Reports on military cantonments and civil stations in the Presidency of Bombay inspected by the Sanitary Commissioner in the years 1875 and 1876
Year: 1875
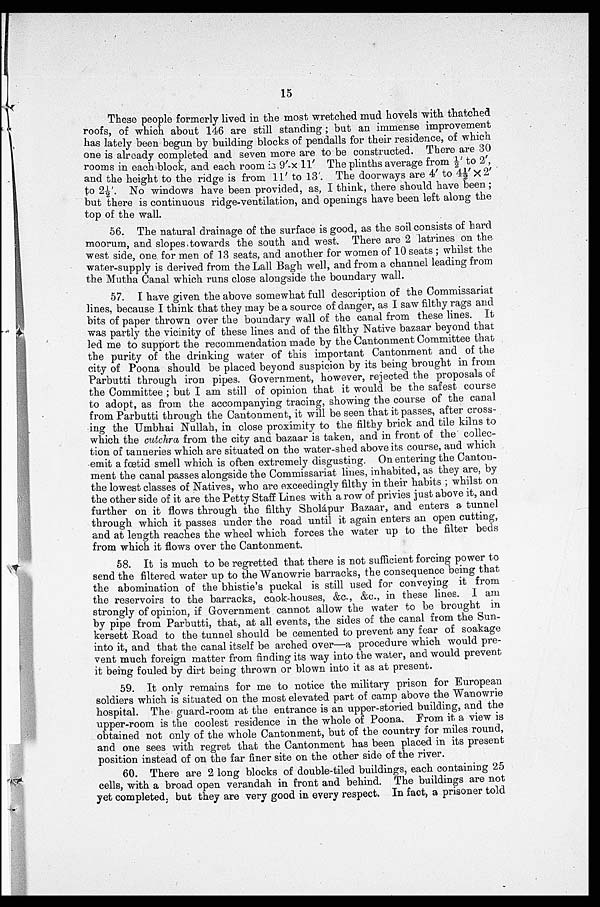
15
These people formerly lived in the most wretched mud hovels with thatched
roofs, of which about 146 are still standing; but an immense improvement
has lately been begun by building blocks of pendalls for their residence, of which
one is already completed and seven, more are to be constructed. There are 30
rooms in each block, and each room is 9' -x 11' The plinths average from ½' to 2' ,
and the height to the ridge is from 11' to 13'. The doorways are 4' to 4½' X 2'
t o 2 ½ . N o w i n d o w s h a v e b e e n p r o v i d e d , a s , I t h i n k , t h e r e s h o u l d h a v e b e e n ;
but there is continuous ridge-ventilation, and openings have been left along the
top of the wall.
56. The natural drainage of the surface is good, as the soil consists of hard
moorum, and slopes towards the south and west. There are 2 latrines on the
west side, one for men of 13 seats, and another for women of 10 seats; whilst the
water-supply is derived from the Lall Bagh well, and from a channel leading from
the Mutha Canal which runs close alongside the boundary wall.
57. I have given the above somewhat full description of the Commissariat
lines, because I think that they may be a source of danger, as I saw filthy rags and
bits of paper thrown over the boundary wall of the canal from these lines. It
was partly the vicinity of these lines and of the filthy Native bazaar beyond that
led me to support the recommendation made by the Cantonment Committee that
the purity of the drinking water of this important Cantonment and of the
city of Poona should be placed beyond suspicion by its being brought in from
Parbutti through iron pipes. Government, however, rejected the proposals of
the Committee; but I am still of opinion that it would be the safest course
to adopt, as from the accompanying tracing, showing the course of the canal
from Parbutti through the Cantonment, it will be seen that it passes, after cross-
ing the Umbhai Nullah, in close proximity to the filthy brick and tile kilns to
which the cutchra from the city and bazaar is taken, and in front of the collec-
tion of tanneries which are situated on the water-shed above its course, and which
emit a fœtid smell which is often extremely disgusting. On entering the Canton-
ment the canal passes alongside the Commissariat lines, inhabited, as they are, by
the lowest classes of Natives, who are exceedingly filthy in their habits; whilst on
the other side of it are the Petty Staff Lines with a row of privies just above it, and
further on it flows through the filthy Sholápur Bazaar, and enters a tunnel
through which it passes under the road until it again enters an open cutting,
and at length reaches the wheel which forces the water up to the filter beds
from which it flows over the Cantonment.
58. It is much to be regretted that there is not sufficient forcing power to
send the filtered water up to the Wanowrie barracks, the consequence being that
the abomination of the bhistie's puckal is still used for conveying it from
the reservoirs to the barracks, cook-houses, &c., &c., in these lines. I am
strongly of opinion, if Government cannot allow the water to be brought in
by pipe from Parbutti, that, at all events, the sides of the canal from the Sun-
kersett Road to the tunnel should be cemented to prevent any fear of soakage
into it, and that the canal itself be arched over—a procedure which would pre-
vent much foreign matter from finding its way into the water, and would prevent
it being fouled by dirt being thrown or blown into it as at present.
59. It only remains for me to notice the military prison for European
soldiers which is situated on the most elevated part of camp above the Wanowrie
hospital. The guard-room at the entrance is an upper-storied building, and the
upper-room is the coolest residence in the whole of Poona. From it a view is
obtained not only of the whole Cantonment, but of the country for miles round,
and one sees with regret that the Cantonment has been placed in its present
position instead of on the far finer site on the other side of the river.
60. There are 2 long blocks of double-tiled buildings, each containing 25
cells, with a broad open verandah in front and behind. The buildings are not
yet completed ; but they are very good in every respect. In fact, a prisoner told